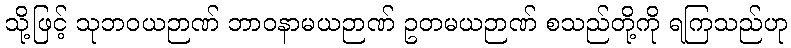
သို့ဖြင့် သုဘဝယဉာဏ် ဘာဝနာမယဉာဏ် ဥတမယဉာဏ် စသည်တို့ကို ရကြသည်ဟု